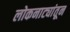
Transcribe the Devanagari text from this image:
लोकनाट्यांतून